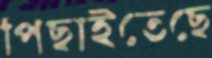
পিছাইতেছে